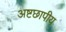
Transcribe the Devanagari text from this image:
अष्टछापीय